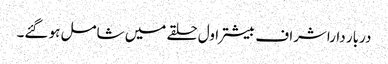
دربار داراشراف بیشتر اول حلقے میں شامل ہو گئے۔